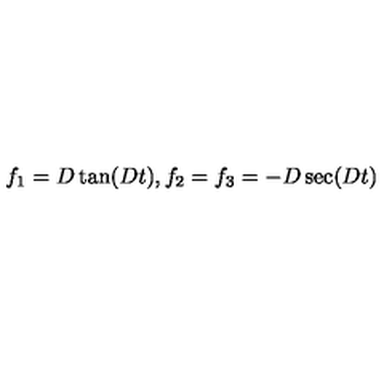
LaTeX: f _ { 1 } = D \tan ( D t ) , f _ { 2 } = f _ { 3 } = - D \sec ( D t )